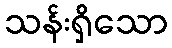
သန်းရှိသော